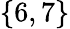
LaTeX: \{ 6,7\}